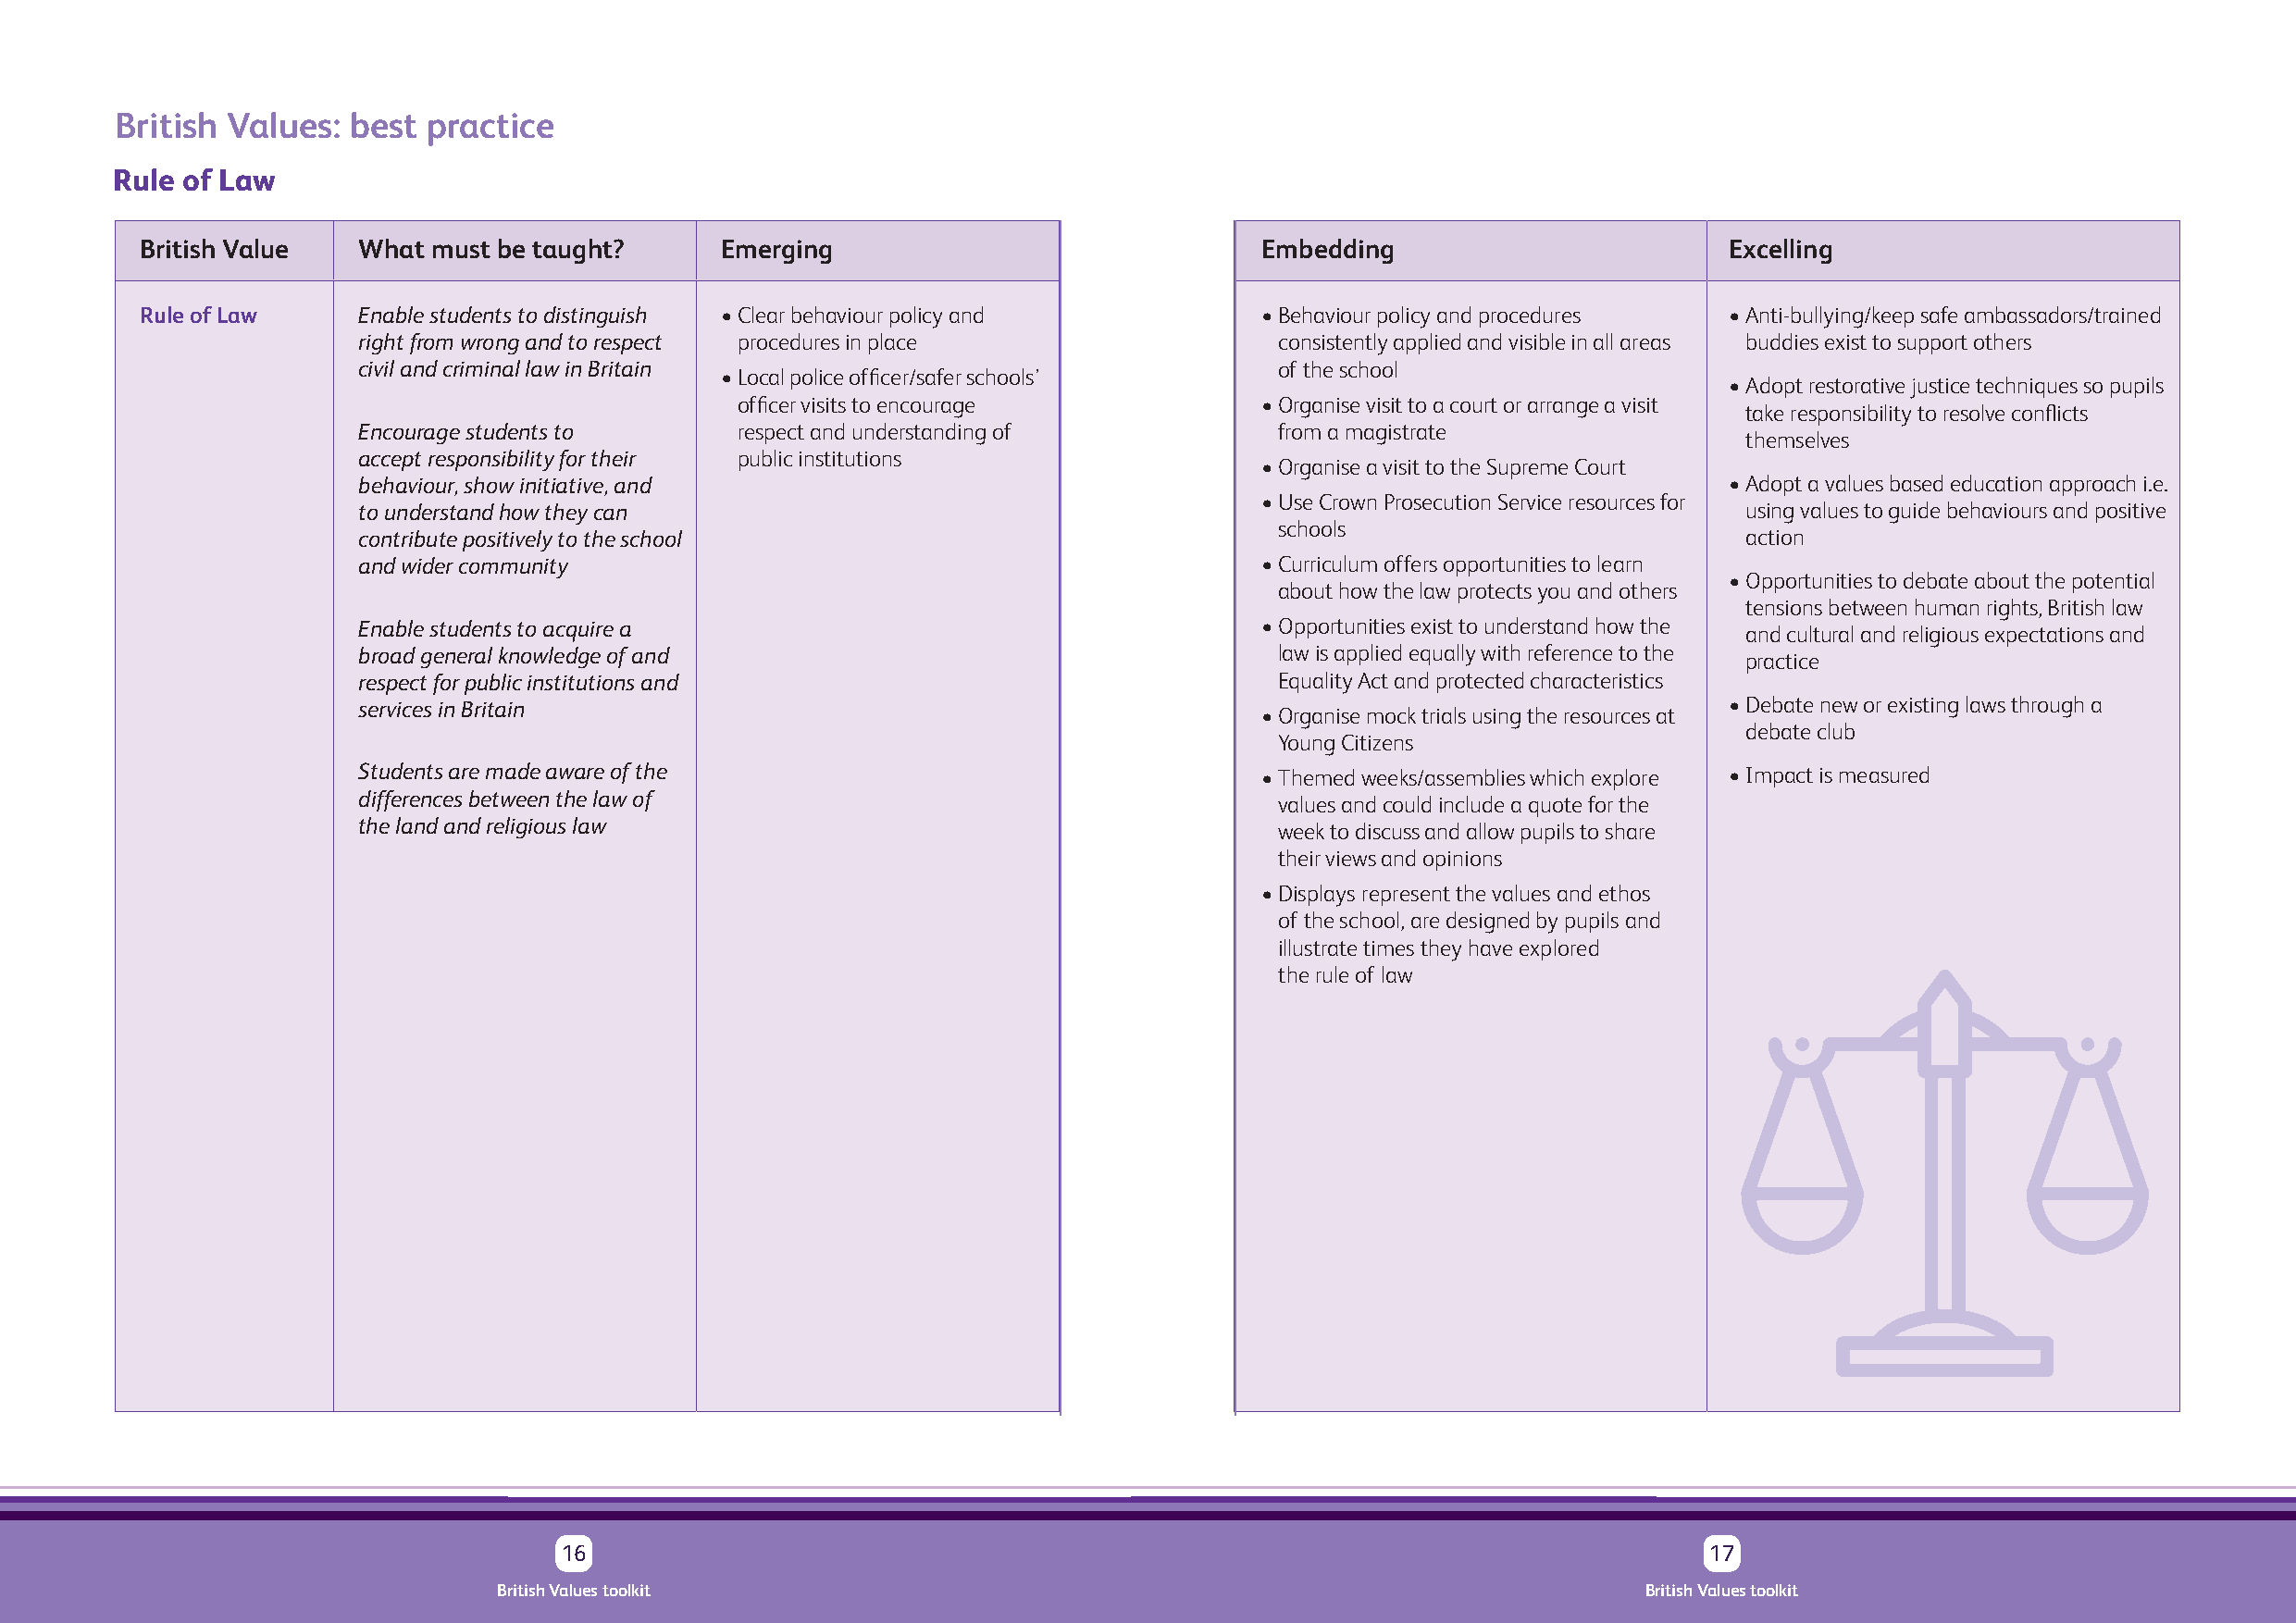
British Values:  best  practice
 Rule of Law
 British Value   What must be taught?      Emerging                              Embedding                         Excelling
 Rule of Law     Enable students to distinguish • Clear behaviour policy and     • Behaviour policy and procedures • Anti-bullying/keep safe ambassadors/trained
 right from wrong and to respect procedures in place              consistently applied and visible in all areas buddies exist to support others
 civil and criminal law in Britain                                of the school
 • Local police officer/safer schools’
 • Adopt restorative justice techniques so pupils
 officer visits to encourage          • Organise visit to a court or arrange a visit
 take responsibility to resolve conflicts
 Encourage students to      respect and understanding of          from a magistrate
 themselves
 accept responsibility for their public institutions
 • Organise a visit to the Supreme Court
 behaviour, show initiative, and                                                                   • Adopt a values based education approach i.e.
 • Use Crown Prosecution Service resources for
 to understand how they can                                                                         using values to guide behaviours and positive
 schools
 contribute positively to the school                                                                action
 and wider community                                             • Curriculum offers opportunities to learn
 • Opportunities to debate about the potential
 about how the law protects you and others
 tensions between human rights, British law
 Enable students to acquire a                                    • Opportunities exist to understand how the
 and cultural and religious expectations and
 broad general knowledge of and                                   law is applied equally with reference to the
 practice
 respect for public institutions and                              Equality Act and protected characteristics
 services in Britain                                             • Organise mock trials using the resources at • Debate new or existing laws through a
 debate club
 Young Citizens
 Students are made aware of the                                  • Themed weeks/assemblies which explore • Impact is measured
 differences between the law of                                   values and could include a quote for the
 the land and religious law                                       week to discuss and allow pupils to share
 their views and opinions
 • Displays represent the values and ethos
 of the school, are designed by pupils and
 illustrate times they have explored
 the rule of law
 16                                                                                17
 British Values toolkit                                                            British Values toolkit